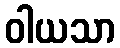
ဝါယသာ